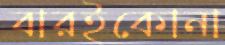
বারইকোনা